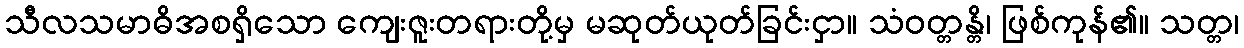
သီလသမာဓိအစရှိသော ကျေးဇူးတရားတို့မှ မဆုတ်ယုတ်ခြင်းငှာ။ သံဝတ္တန္တိ၊ ဖြစ်ကုန်၏။ သတ္တ၊